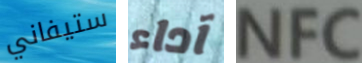
ستيفاني آداء NFC